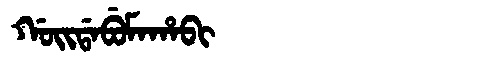
Manchu: ᡤᠣᡳᡩᠠᠪᡠᠮᠠᡥᠠᠪᡳ
Romanization: GOIDABUMAHABI